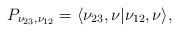
LaTeX: \begin{gather*}P_{\nu_{23}, \nu_{12}}= \langle \nu_{23}, \nu| \nu_{12}, \nu\rangle,\end{gather*}